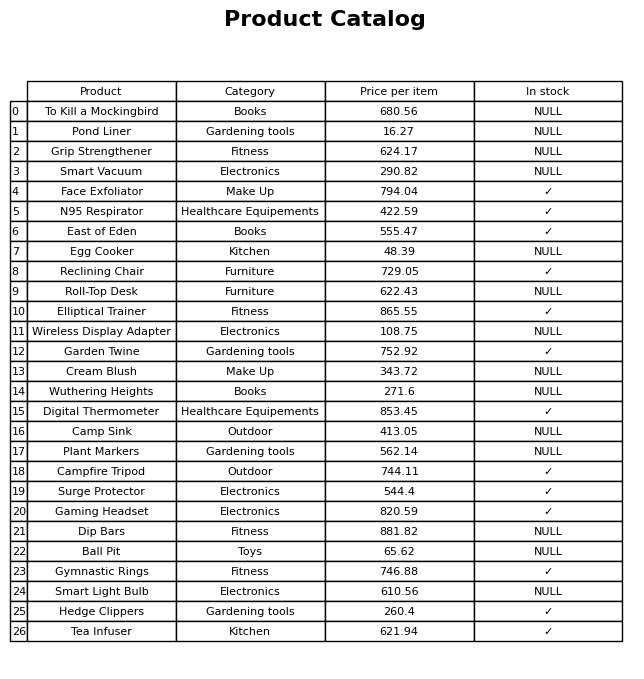
question: What is the price of the Wuthering Heights?
answer: The price of Wuthering Heights is 271.6.